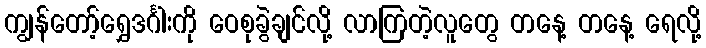
ကျွန်တော့်ရွှေဒင်္ဂါးကို ဝေစုခွဲချင်လို့ လာကြတဲ့လူတွေ တနေ့ တနေ့ ရေလို့